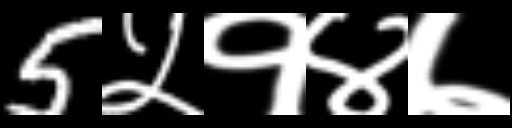
Text: 5५१४७